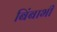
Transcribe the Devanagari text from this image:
बिंबाभी